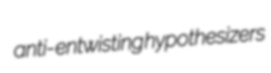
anti- entwisting hypothesizers